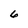
Character: 6